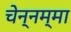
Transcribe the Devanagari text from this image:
चेन्‍नम्‍मा